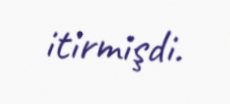
itirmişdi.